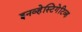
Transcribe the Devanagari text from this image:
इनव्हेस्टिगेटिव्ह